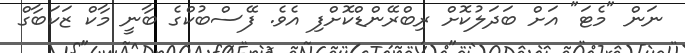
ނަން "މެޓަ" އަށް ބަދަލުކޮށް ރިބްރޭންޑްކޮށްފި އެވެ. ފޭސްބުކްގެ ބާނީ މާކް ޒަކަބާގް